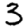
Digit: 3